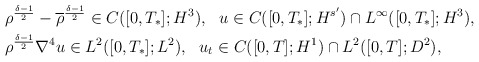
\begin{align*}& \rho^{\frac{\delta-1}{2}} -\overline{\rho}^{\frac{\delta-1}{2}}\in C([0,T_*]; H^3),\ \ u\in C([0,T_*]; H^{s'}) \cap L^\infty([0,T_*]; H^3),\\&\rho^{\frac{\delta-1}{2}} \nabla^4 u \in L^2([0,T_*]; L^2),\ \ u_t \in C([0,T]; H^1)\cap L^2([0,T] ; D^2),\end{align*}